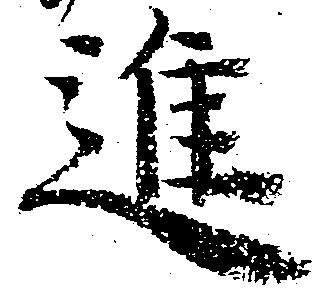
進